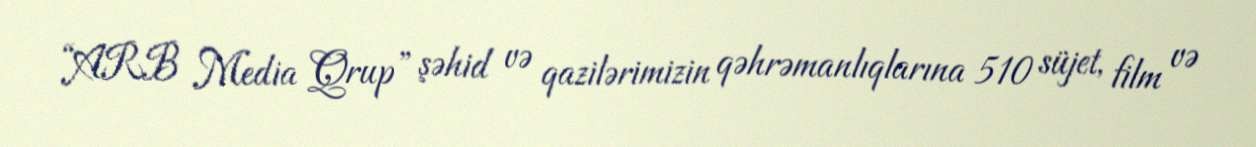
“ARB Media Qrup” şəhid və qazilərimizin qəhrəmanlıqlarına 510 süjet, film və